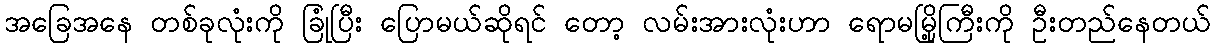
အခြေအနေ တစ်ခုလုံးကို ခြုံပြီး ပြောမယ်ဆိုရင် တော့ လမ်းအားလုံးဟာ ရောမမြို့ကြီးကို ဦးတည်နေတယ်